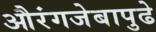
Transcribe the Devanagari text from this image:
औरंगजेबापुढे